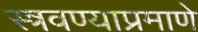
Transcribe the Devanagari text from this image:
स्त्रवण्याप्रमाणे